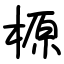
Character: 榞